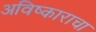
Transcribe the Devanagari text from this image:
अविष्काराचा